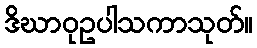
ဒိဃာဝုဥပါသကာသုတ်။